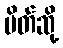
ပိတ်ဆို့